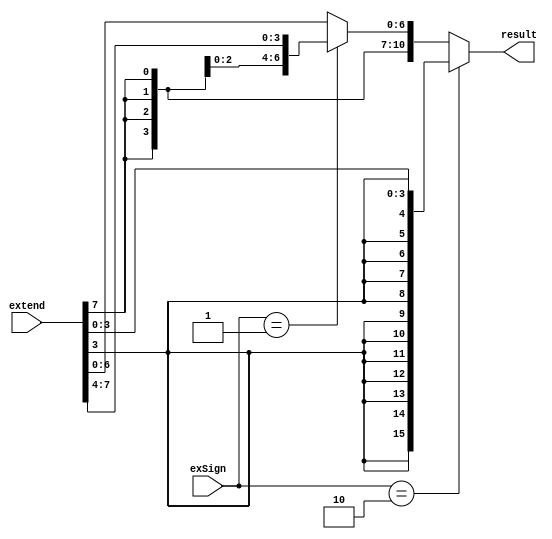
module Sign_Extend(extend, result, exSign);

input [1:0] exSign;
input signed [7:0] extend;
output signed [15:0] result;

reg signed [15:0] result;

always@(extend or exSign)
begin
	if(exSign == 2)
	begin
		result = {extend[3], extend[3], extend[3], extend[3], extend[3], extend[3], extend[3], extend[3], extend[3], extend[3], extend[3], extend[3], extend[3], extend[2:0]};
	end
	else if(exSign == 1)
	begin
		result = {extend[7], extend[7], extend[7], extend[7], extend[7], extend[7], extend[7], extend[7], extend[7], extend[7], extend[7], extend[7], extend[7], extend[6:4]};
	end
	else
		result = {extend[7], extend[7], extend[7], extend[7], extend[7], extend[7], extend[7], extend[7], extend[7],extend[6:0]};
end

endmodule